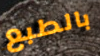
بالطبع